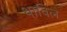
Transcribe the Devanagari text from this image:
थाविल